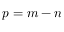
p = m - n